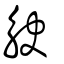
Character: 觖